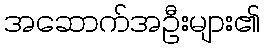
အဆောက်အဦးများ၏